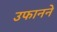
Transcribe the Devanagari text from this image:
उफानने